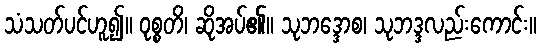
သံသတ်ပင်ဟူ၍။ ဝုစ္စတိ၊ ဆိုအပ်၏။ သုဘဒ္ဒောစ၊ သုဘဒ္ဒလည်းကောင်း။